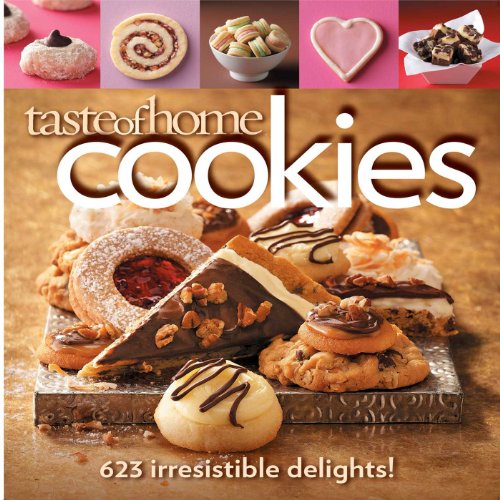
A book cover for Taste of Home Cookies: 623 Irresistible Delights; Taste Of Home; Cookbooks, Food & Wine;